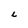
Character: L